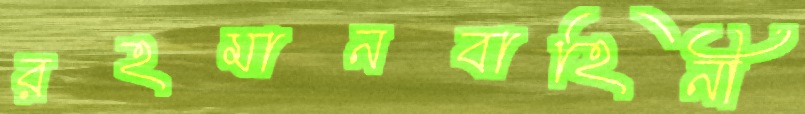
রহমানবাহিনী